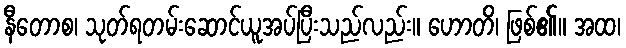
နီတောစ၊ သုတ်ရတမ်းဆောင်ယူအပ်ပြီးသည်လည်း။ ဟောတိ၊ ဖြစ်၏။ အထ၊